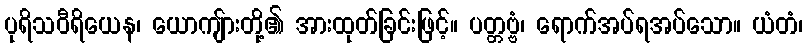
ပုရိသဝီရိယေန၊ ယောကျ်ားတို့၏ အားထုတ်ခြင်းဖြင့်။ ပတ္တဗ္ဗံ၊ ရောက်အပ်ရအပ်သော။ ယံတံ၊